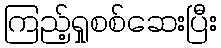
ကြည့်ရှုစစ်ဆေးပြီး